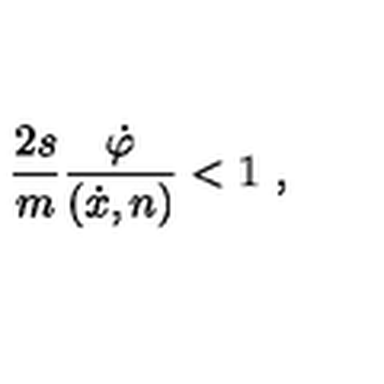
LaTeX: \frac { 2 s } { m } \frac { \dot { \varphi } } { ( \dot { x } , n ) } < 1 \ ,